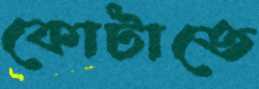
কোটাতে